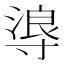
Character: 𭔻